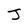
Character: J